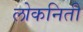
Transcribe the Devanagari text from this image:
लोकनिती